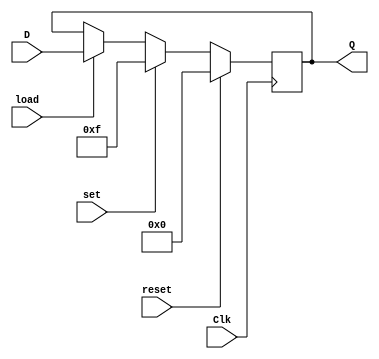
`timescale 1ns / 1ps
//////////////////////////////////////////////////////////////////////////////////
// Company: 
// Engineer: 
// 
// Design Name: 
// Module Name: lab6_1_2
// Project Name: 
// Target Devices: 
// Tool Versions: 
// Description: 
// 
// Dependencies: 
// 
// Revision:
// Revision 0.01 - File Created
// Additional Comments:
// 
//////////////////////////////////////////////////////////////////////////////////

module lab6_1_2(  D, Clk , reset, set, load, Q);

input [3:0]D;
input Clk;
input reset;
input set;
input load;
output  reg [3:0]Q;

always @(posedge Clk)

if (reset)
begin
Q <= 4'b0000;
end 

else if (set)
begin
Q <= 4'b1111;
end

else if (load)
begin

Q<=D;

end



   
endmodule